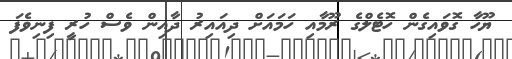
ޔޫހާ ގޮވައިގެން ހޮޓެލްގެ ރޫމާއި ހަމައަށް ދިއައިރު ދާއިން ވެސް ހުރީ ފިނިވެފަ